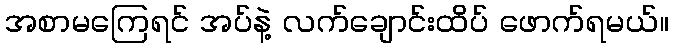
အစာမကြေရင် အပ်နဲ့ လက်ချောင်းထိပ် ဖောက်ရမယ်။